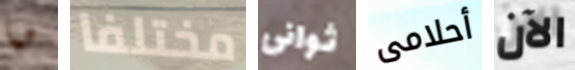
هيا مختلفا ثوانى أحلامى الآن